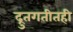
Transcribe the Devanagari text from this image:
द्रुतगतीतही